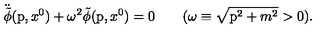
\ddot { \tilde { \phi } } ( \mathrm { \boldmath p } , x ^ { 0 } ) + \omega ^ { 2 } \tilde { \phi } ( \mathrm { \boldmath p } , x ^ { 0 } ) = 0 \qquad ( \omega \equiv \sqrt { \mathrm { \boldmath p } ^ { 2 } + m ^ { 2 } } > 0 ) .